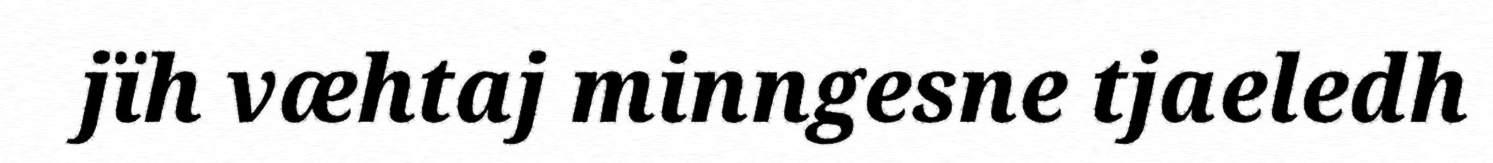
jïh væhtaj minngesne tjaeledh